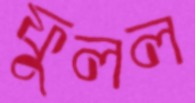
ফুলল